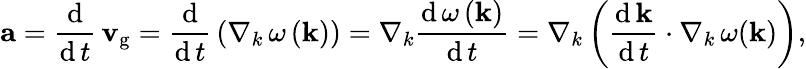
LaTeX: \mathbf{a}={\frac{\operatorname{d}}{\operatorname{d}t}}\, \mathbf{v}_{\mathrm{g}}={\frac{\operatorname{d}}{\operatorname{d}t}}\left(\nabla_{k}\, \omega\left(\mathbf{k}\right)\right)=\nabla_{k}{\frac{\operatorname{d}\omega\left(\mathbf{k}\right)}{\operatorname{d}t}}=\nabla_{k}\left({\frac{\operatorname{d}\mathbf{k}}{\operatorname{d}t}}\cdot\nabla_{k}\, \omega(\mathbf{k})\right),